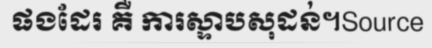
ផងដែរ គឺ ការស្ទាបសុដន់។Source